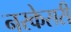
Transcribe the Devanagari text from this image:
नरकेसरी